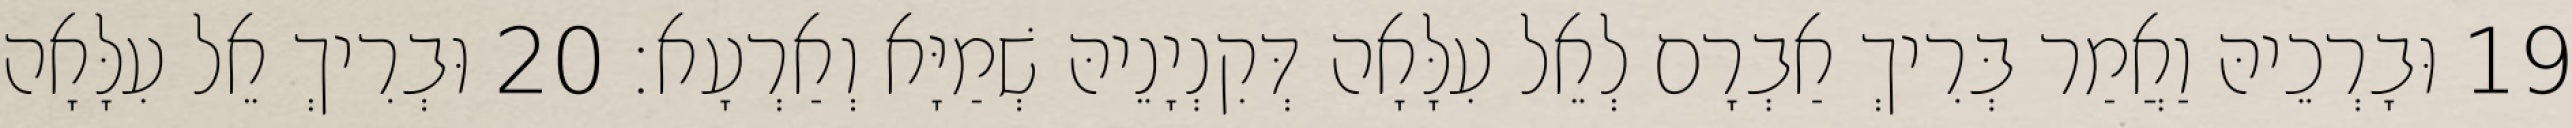
19 וּבָרְכֵיהּ וַאֲמַר בְּרִיךְ אַבְרָם לְאֵל עִלָּאָה דְּקִנְיָנֵיהּ שְׁמַיָּא וְאַרְעָא׃ 20 וּבְרִיךְ אֵל עִלָּאָה